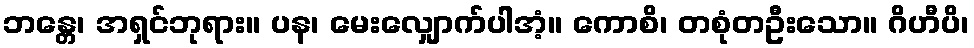
ဘန္တေ၊ အရှင်ဘုရား။ ပန၊ မေးလျှောက်ပါအံ့။ ကောစိ၊ တစုံတဦးသော။ ဂိဟီပိ၊